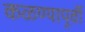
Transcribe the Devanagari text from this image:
कळण्यापूर्वी